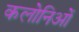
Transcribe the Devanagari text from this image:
कलोनिओं